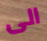
الى